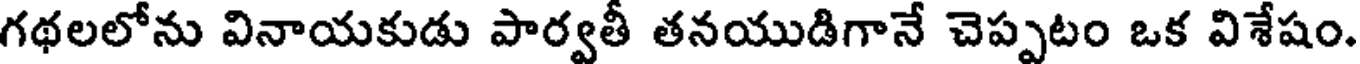
గథలలోను వినాయకుడు పార్వతీ తనయుడిగానే చెప్పటం ఒక విశేషం.